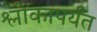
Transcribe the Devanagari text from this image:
श्लोकापर्यंत